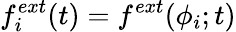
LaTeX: f_{i}^{ext}(t)=f^{ext}(\phi_{i};t)